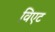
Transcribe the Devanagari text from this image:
विएट